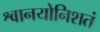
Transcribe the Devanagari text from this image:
श्वानयोनिशतं